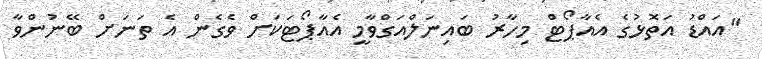
"އައްޑު އަތޮޅުގެ އެއާޕޯޓް މިހާރު ބައިނަލްއަގްވާމީ އެއާޕޯޓަކަށް ވެގެން އެ ތަނަށް ބޭނުންވާ